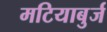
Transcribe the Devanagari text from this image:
मटियाबुर्ज